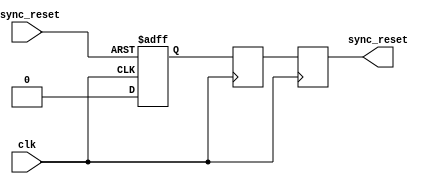
module async_reset_synchronizer (
    input wire clk,                // Clock input
    input wire async_reset,        // Asynchronous reset input
    output reg sync_reset          // Synchronized reset output
);

    // Internal signals for flip-flops
    reg ff1, ff2;

    // Synchronous reset logic using two flip-flops
    always @(posedge clk or posedge async_reset) begin
        if (async_reset) begin
            ff1 <= 1'b1;           // Assert the first flip-flop on async reset
        end else begin
            ff1 <= 1'b0;           // De-assert the first flip-flop
        end
    end

    always @(posedge clk) begin
        ff2 <= ff1;                // Chain the output of the first flip-flop to the second
    end

    // The synchronized reset output
    always @(posedge clk) begin
        sync_reset <= ff2;         // Output the state of the second flip-flop
    end

endmodule